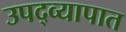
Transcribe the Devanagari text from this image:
उपद्व्यापात